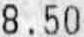
8.50